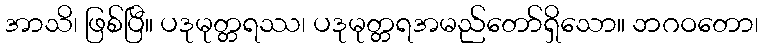
အာသိ၊ ဖြစ်ပြီ။ ပဒုမုတ္တရဿ၊ ပဒုမုတ္တရအမည်တော်ရှိသော။ ဘဂဝတော၊